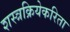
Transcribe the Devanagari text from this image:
शस्त्रक्रियेकरिता